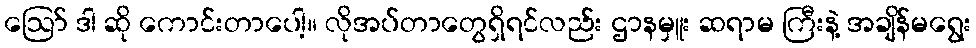
ဪ ဒါ ဆို ကောင်းတာပေါ့။ လိုအပ်တာတွေရှိရင်လည်း ဌာနမှူး ဆရာမ ကြီးနဲ့ အချိန်မရွေး